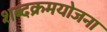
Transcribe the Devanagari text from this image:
शब्दक्रमयोजना